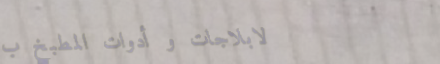
لابلاجات و أدوات المطبخ ب